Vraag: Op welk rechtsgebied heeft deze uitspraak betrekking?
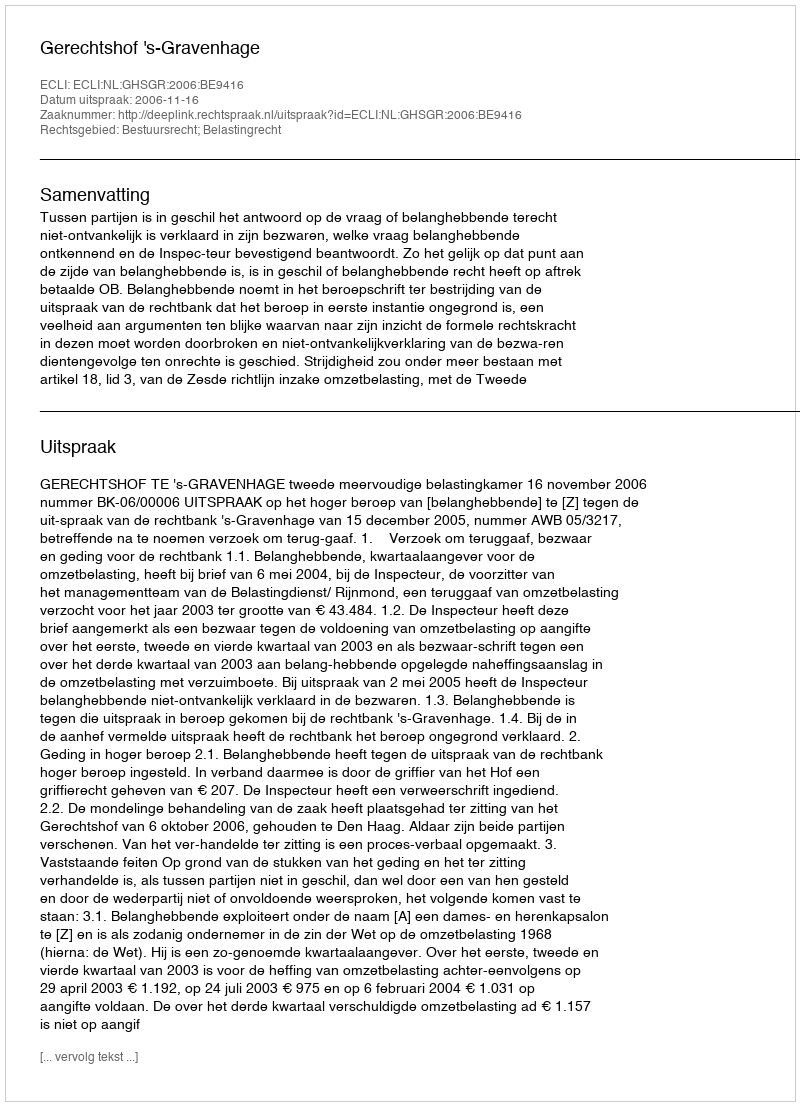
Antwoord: Bestuursrecht; Belastingrecht